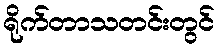
ရိုက်တာသတင်းတွင်